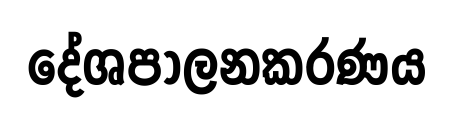
දේශපාලනකරණය